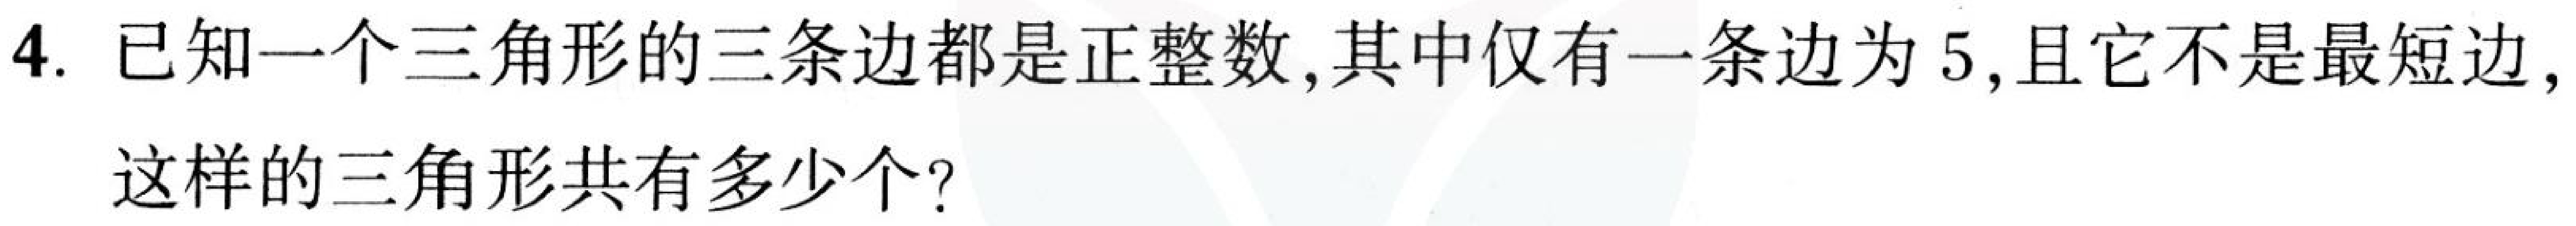
4. 已知一个三角形的三条边都是正整数, 其中仅有一条边为 \(5\), 且它不是最短边,
这样的三角形共有多少个?